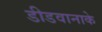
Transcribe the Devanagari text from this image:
डीडवानाके